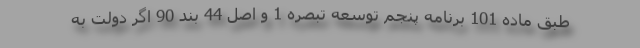
طبق ماده 101 برنامه پنجم توسعه تبصره 1 و اصل 44 بند 90 اگر دولت به